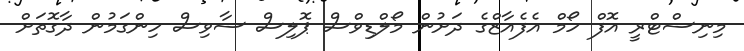
މިނިސްޓްރީ އޮފް ހޯމް އެފެއާޒްގެ ދަށުން މޯލްޑިވްސް ޕޮލިސް ސާވިސް ހިންގަމުން ދާގޮތަށް